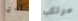
لدي مرتكب